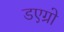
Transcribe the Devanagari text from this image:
डएग्रो